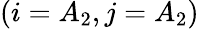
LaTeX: \left(i=A_{2},j=A_{2}\right)